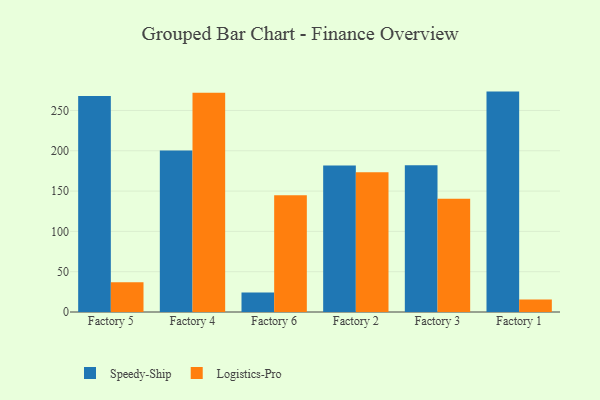
{"axis": {"x": "Factory", "y": "Website Visitors"}, "legend": ["Logistics-Pro", "Speedy-Ship"], "data": [{"x": "Factory 5", "y": 267.9, "type": "Speedy-Ship"}, {"x": "Factory 5", "y": 37.0, "type": "Logistics-Pro"}, {"x": "Factory 4", "y": 200.3, "type": "Speedy-Ship"}, {"x": "Factory 4", "y": 271.9, "type": "Logistics-Pro"}, {"x": "Factory 6", "y": 24.1, "type": "Speedy-Ship"}, {"x": "Factory 6", "y": 144.9, "type": "Logistics-Pro"}, {"x": "Factory 2", "y": 181.6, "type": "Speedy-Ship"}, {"x": "Factory 2", "y": 173.5, "type": "Logistics-Pro"}, {"x": "Factory 3", "y": 182.1, "type": "Speedy-Ship"}, {"x": "Factory 3", "y": 140.4, "type": "Logistics-Pro"}, {"x": "Factory 1", "y": 273.4, "type": "Speedy-Ship"}, {"x": "Factory 1", "y": 15.5, "type": "Logistics-Pro"}]}